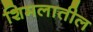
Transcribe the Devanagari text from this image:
शिमलातील